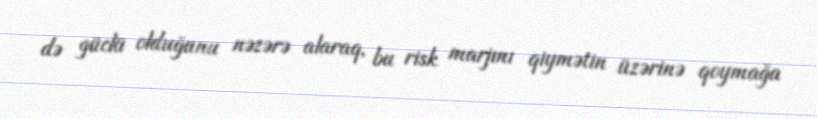
də güclü olduğunu nəzərə alaraq, bu risk marjını qiymətin üzərinə qoymağa